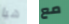
هيا مع